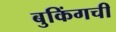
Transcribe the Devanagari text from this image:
बुकिंगची